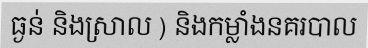
ធ្ងន់ និងស្រាល ) និងកម្លាំងនគរបាល